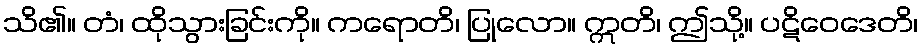
သိ၏။ တံ၊ ထိုသွားခြင်းကို။ ကရောတိ၊ ပြုလော။ ဣတိ၊ ဤသို့။ ပဋိဝေဒေတိ၊